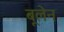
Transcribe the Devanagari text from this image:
बूलेन